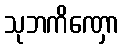
သုဘကိဏှော